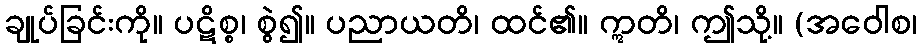
ချုပ်ခြင်းကို။ ပဋိစ္စ၊ စွဲ၍။ ပညာယတိ၊ ထင်၏။ ဣတိ၊ ဤသို့။ (အဝေါစ၊